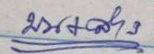
บน + ล่าง